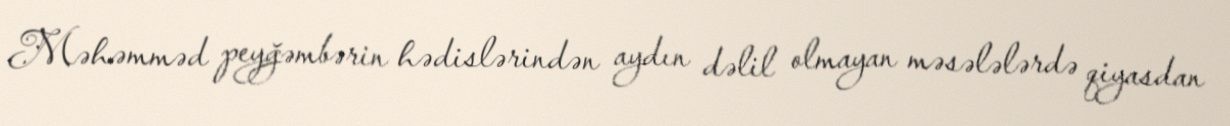
Məhəmməd peyğəmbərin hədislərindən aydın dəlil olmayan məsələlərdə qiyasdan